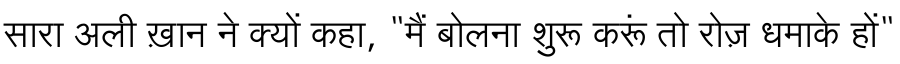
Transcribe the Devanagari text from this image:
सारा अली ख़ान ने क्यों कहा, "मैं बोलना शुरू करूं तो रोज़ धमाके हों"